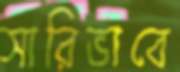
সারিভাবে